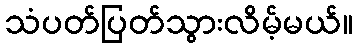
သံပတ်ပြတ်သွားလိမ့်မယ်။